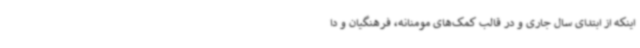
اینکه از ابتدای سال جاری و در قالب کمک‌های مومنانه، فرهنگیان و دا